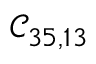
\mathcal { C } _ { 3 5 , 1 3 }